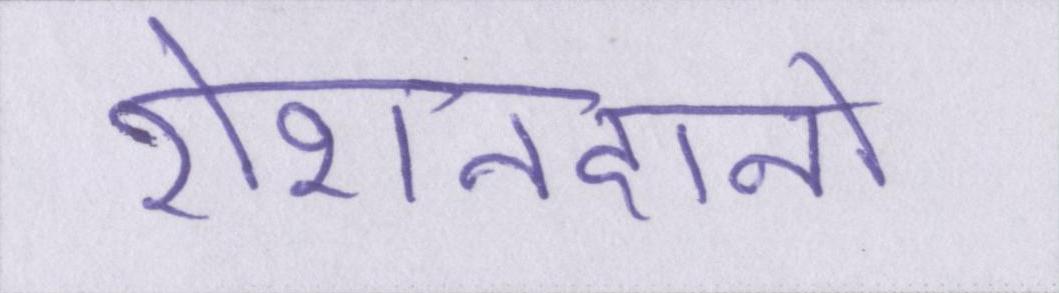
रोशनदानों